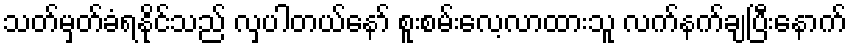
သတ်မှတ်ခံရနိုင်သည် လှပါတယ်နော် စူးစမ်းလေ့လာထားသူ လက်နက်ချပြီးနောက်